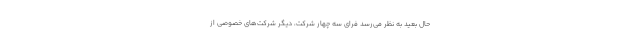
حال بعید به نظر می‌رسد فرای سه چهار شرکت، دیگر شرکت‌های خصوصی از